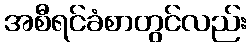
အစီရင်ခံစာတွင်လည်း